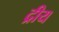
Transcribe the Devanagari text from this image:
द्रीय